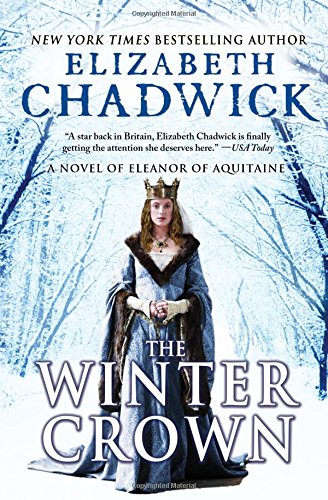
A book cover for The Winter Crown: A Novel of Eleanor of Aquitaine; Elizabeth Chadwick; Literature & Fiction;